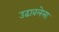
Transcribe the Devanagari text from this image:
उढावलेला